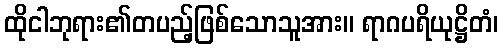
ထိုငါဘုရား၏တပည့်ဖြစ်သောသူအား။ ရာဂပရိယုဋ္ဌိတံ၊